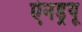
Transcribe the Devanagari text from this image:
ऐनड्रयू